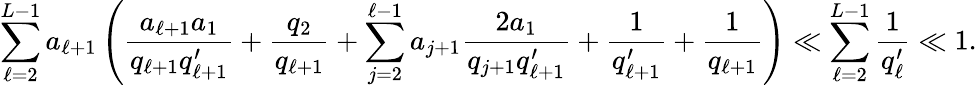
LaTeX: \sum_{\ell=2}^{L-1}a_{\ell+1}\left(\frac{a_{\ell+1}a_{1}}{q_{\ell+1}q_{\ell+1}^{\prime}}+\frac{q_{2}}{q_{\ell+1}}+\sum_{j=2}^{\ell-1}a_{j+1}\frac{2a_{1}}{q_{j+1}q_{\ell+1}^{\prime}}+\frac{1}{q_{\ell+1}^{\prime}}+\frac{1}{q_{\ell+1}}\right)\ll\sum_{\ell=2}^{L-1}\frac{1}{q_{\ell}^{\prime}}\ll 1.